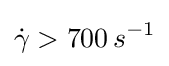
{\dot {\gamma }}>700\,s^{-1}